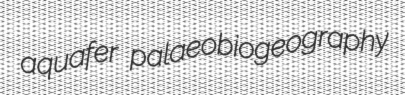
aquafer palaeobiogeography